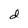
Character: d